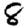
Digit: 8